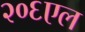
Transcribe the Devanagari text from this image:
२०६एल